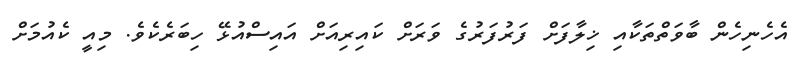
އެހެނިހެން ބާވަތްތަކާއި ޚިލާފަށް ފަރުފަރުގެ ވަރަށް ކައިރިއަށް އައިސްއުޅޭ ހިބަރެކެވެ. މިއީ ކެއުމަށް